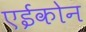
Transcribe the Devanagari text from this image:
एईकोन